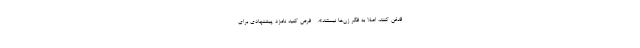
قدغن کنند، اصلاً به فکر زن‌ها نیستند». - فرض کنید نامزد پیشنهادی برای